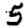
Digit: 5